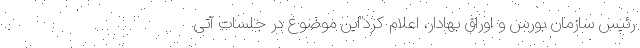
رئیس سازمان بورس و اوراق بهادار، اعلام کرد"این‌ موضوع در جلسات آتی